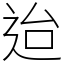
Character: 迨